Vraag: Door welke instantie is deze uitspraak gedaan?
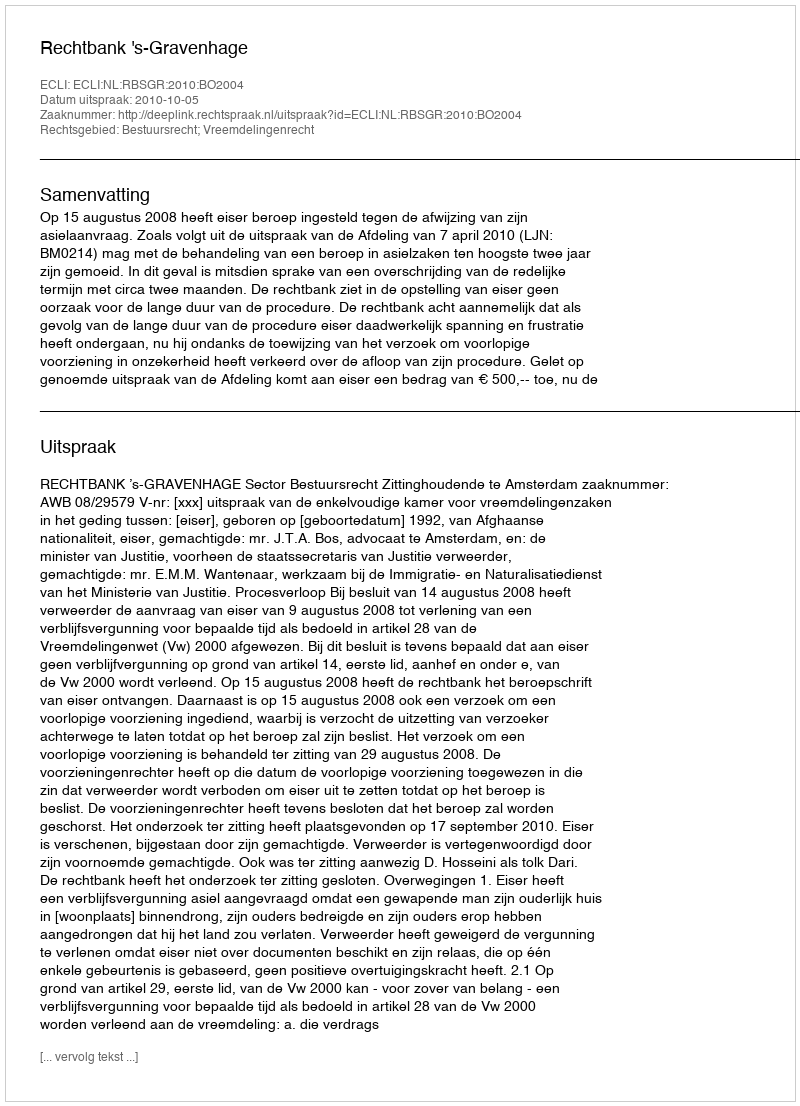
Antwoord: Rechtbank 's-Gravenhage